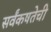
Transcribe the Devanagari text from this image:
सर्वंकषतेची